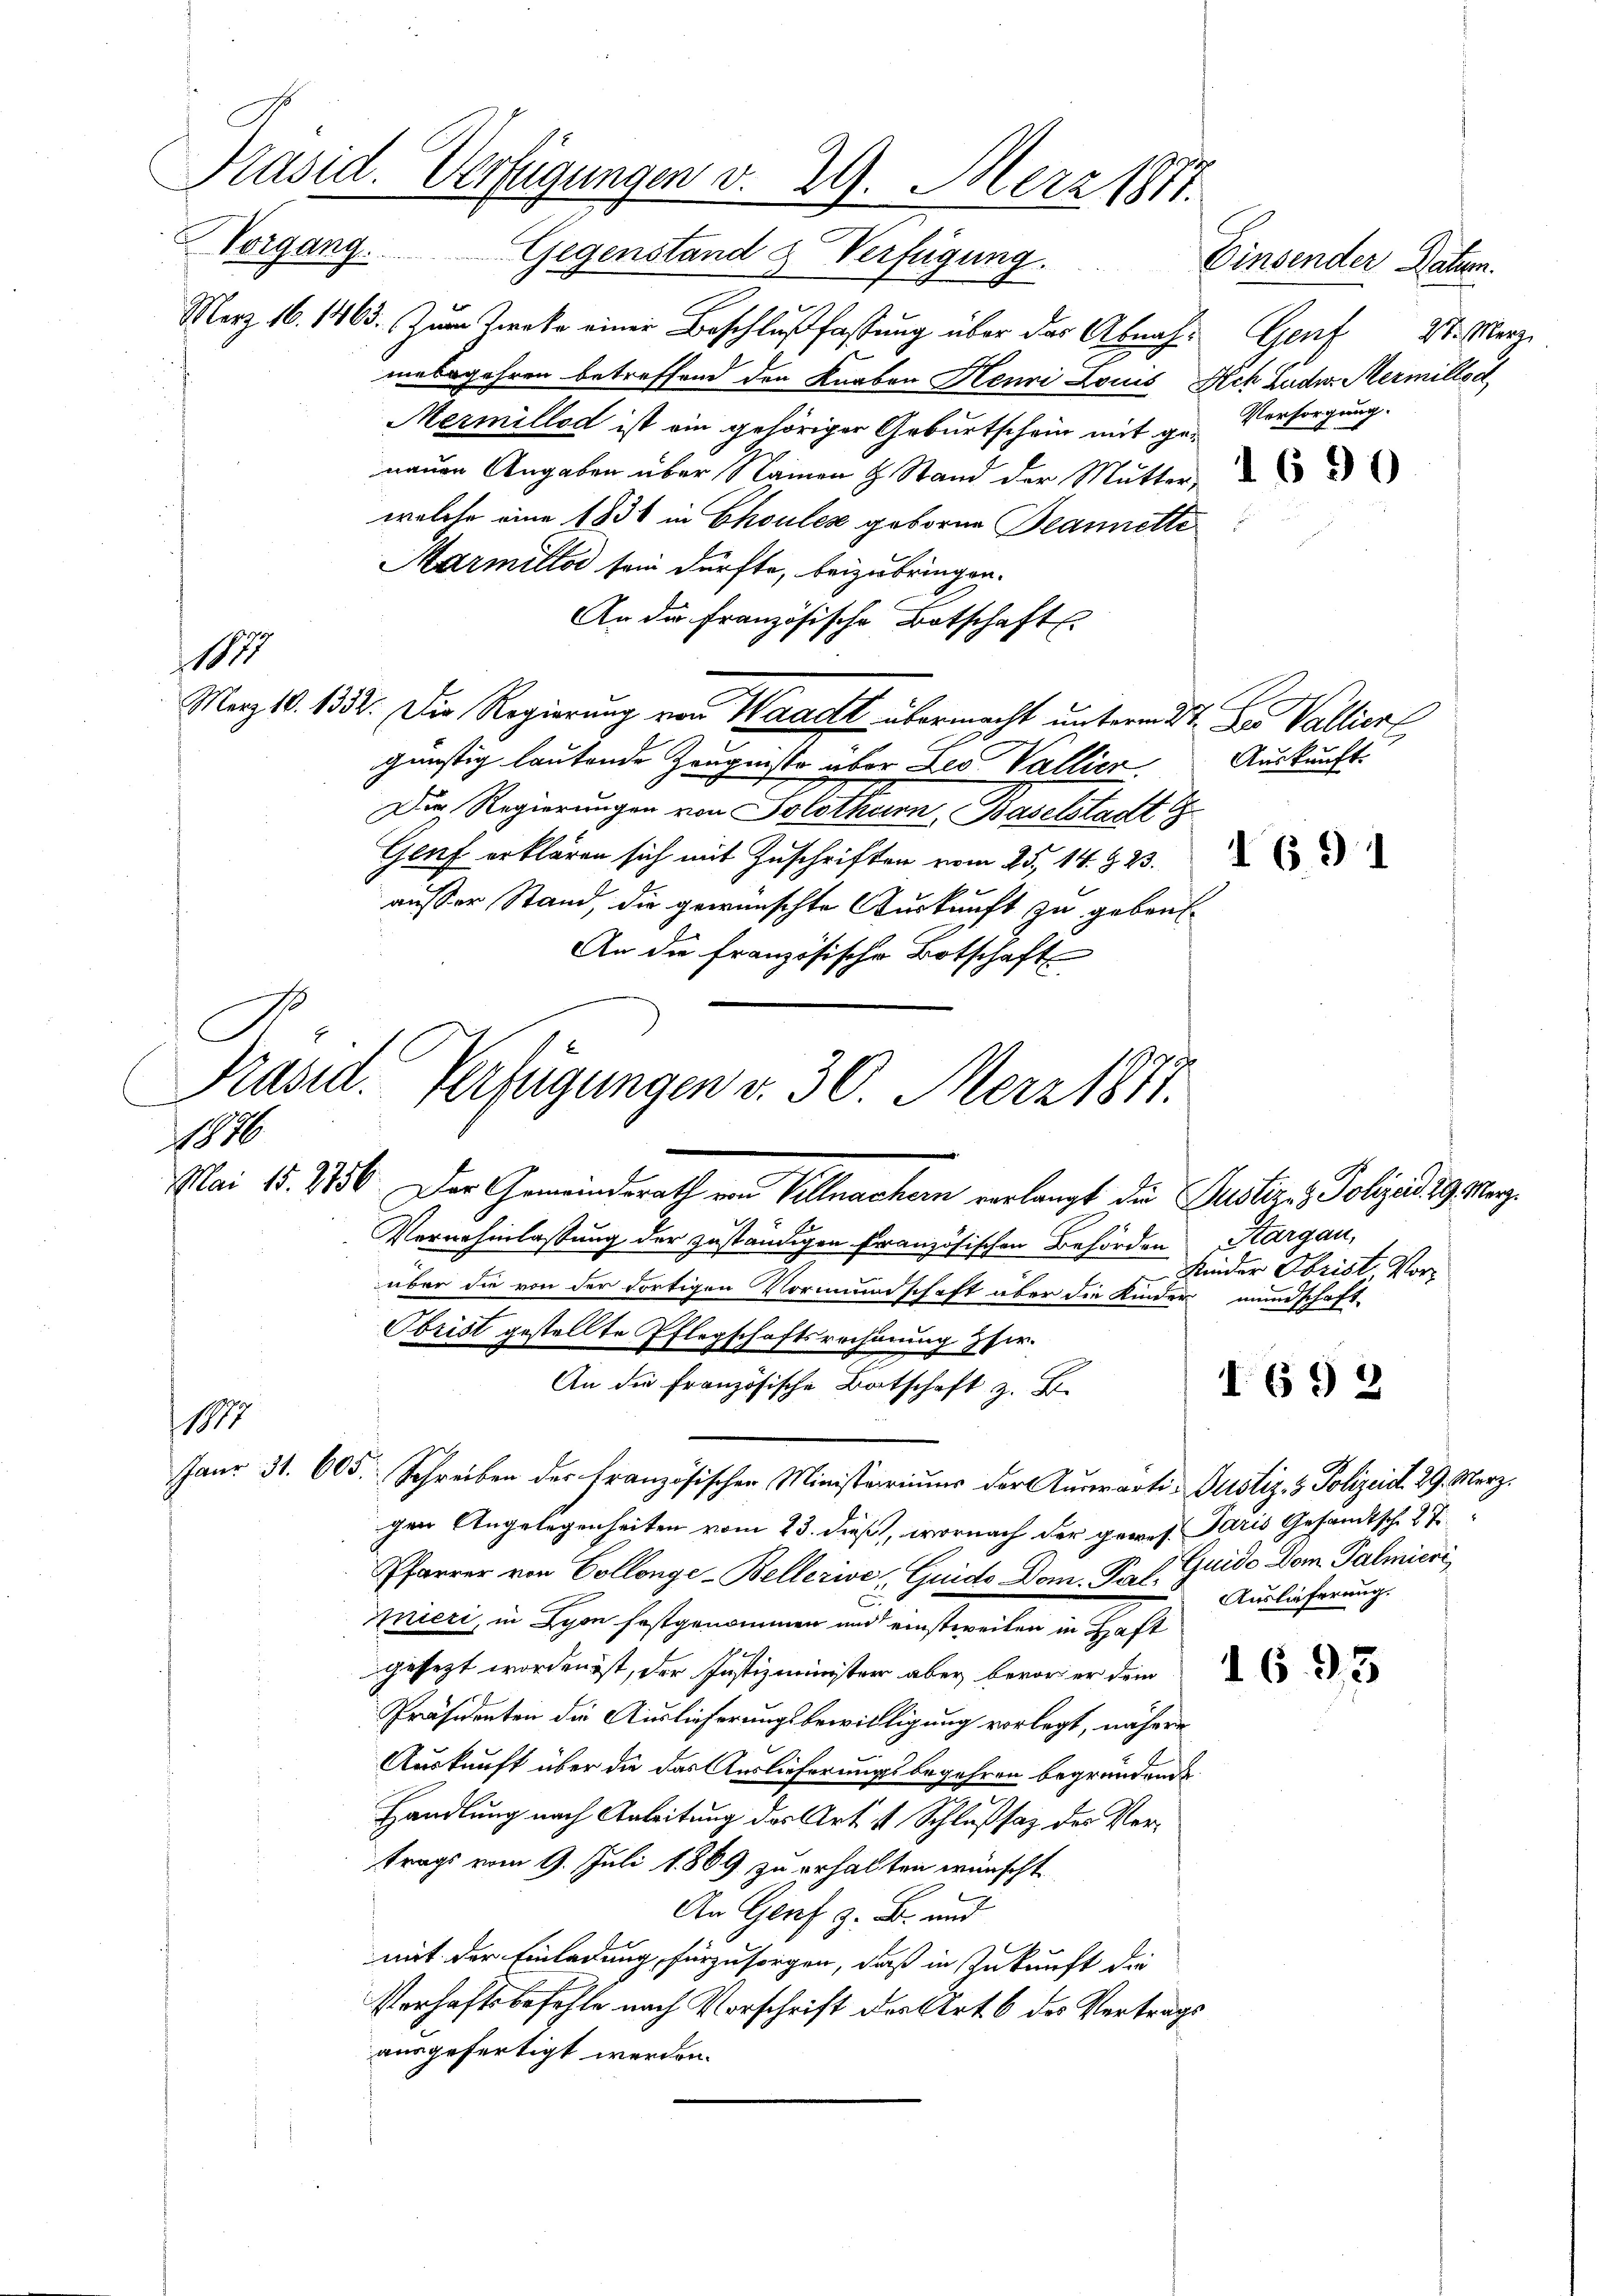
Präsid. Verfügungen v. 29. Merz 1811.
Vorgang. Gegenstand & Verfügung.
Einsender Datum.

März 16. 1463. Zum Zwecke einer Beschlußfassung über das Abnahm Genf 27. März
mebegehren betreffend den Knaben Henri Louis Ach Ludes Mermillod
Mermillod ist ein gehöriger Geburtschein mit genauen Angaben über Namen H. Stand der Mutter,
welche eine 1831 in Chouler geborne Beannette
Marmillod sein dürfte, beizubringen.
An die Französische Botschaft
1
Merz 10. 1352. Die Regierung von Waadt übermacht unterm 27. Jes Valliert
günstig lautende Zeugnisse über Leo Vallien. Auskunft.
Die Regierungen von Solothurn, Baselstadt
Genf erklären sich mit Zuschriften vom 25. 14. §. 23.
außer Stand, die gewünschte Auskunft zu gebenf
An die französische Botschaft

1000

1870

Mai 18. 756. Der Gemeinderath von Vollmachern verlangt die Justiz & Polizeid 29. Merz
Vernehmlassung der zuständigen Französischen Behörden Kargau,
über die von der dortigen Vormundschaft über die Kinder mundschaft-
Obrist gestellte Pflegschaftsrechnung zuer.
An die Französische Batschaft z. B.
Janr 31. 605. Schreiben der Französischen Ministerriŭms der Aŭswärti-Justiz- & Polizeid. 29. Merz,
gen Angelegenheiten vom 23. dieß, wornach der gewes. Paris Gesandtsch. 2. 7.
Pfarrer von Collenge-Bellerive, Guido Dom. P. J. Guido Dom Palmicri
C
Mieri, in Lyon festgenommen und einstweilen in Haft
gesezt worden ist, der Justizminister aber Berner dem
Präsidenten die Auslieferungsbewilligung vorlegt, nähere
Auskunft über die das Auslieferungsbegehren begründend
Handlung nach Anleitung des Art. 4 Schlußsaz des Vertrags vom 9. Juli 1869 zu erhalten wünscht
An Genf z. B. und
mit der Einladung, fürzusorgen, daß in Zukunft die
Verhaftsbefehle nach Vorschrift der Art. 6 des Vertrags
ausgefertigt werden.

Präsid. Verfügungen d. 30. März 1871.

Versorgung.

Kinder Obrist, Vor¬

I. 692

Auslieferung.